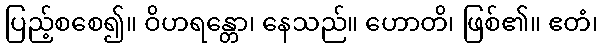
ပြည့်စစေ၍။ ဝိဟရန္တော၊ နေသည်။ ဟောတိ၊ ဖြစ်၏။ ဧတံ၊